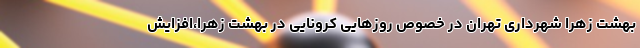
بهشت زهرا شهرداری تهران در خصوص روزهایی کرونایی در بهشت زهرا،افزایش